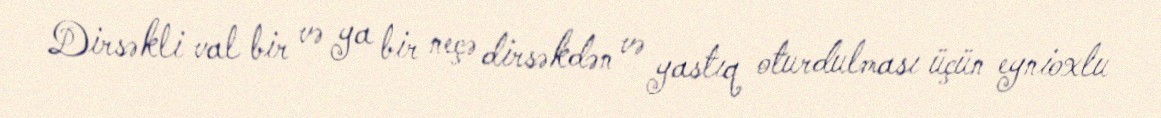
Dirsəkli val bir və ya bir neçə dirsəkdən və yastıq oturdulması üçün eynioxlu